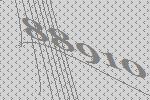
88910